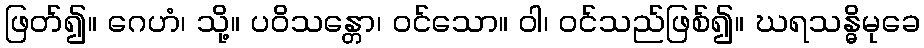
ဖြတ်၍။ ဂေဟံ၊ သို့။ ပဝိသန္တော၊ ဝင်သော။ ဝါ၊ ဝင်သည်ဖြစ်၍။ ဃရသန္ဓိမုခေ